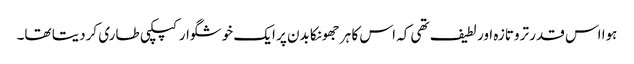
ہوا اس قدر تروتازہ اور لطیف تھی کہ اس کا ہر جھونکا بدن پر ایک خوشگوار کپکپی طاری کردیتا تھا۔